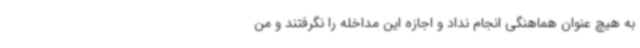
به هیچ عنوان هماهنگی انجام نداد و اجازه این مداخله را نگرفتند و من